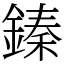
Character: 𨪦